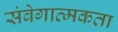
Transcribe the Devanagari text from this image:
संवेगात्मकता